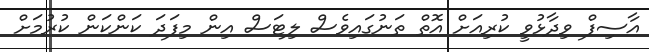
އާސިފް ވިދާޅުވީ ކުރިއަށް އޮތް ތަނުގައިވެސް ލިޓަސް އިން މިފަދަ ކަންކަން ކުރުމަށް